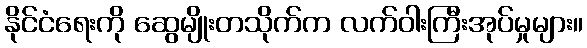
နိုင်ငံရေးကို ဆွေမျိုးတသိုက်က လက်ဝါးကြီးအုပ်မှုများ။